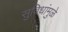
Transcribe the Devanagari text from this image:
सुविधांमुळे